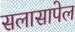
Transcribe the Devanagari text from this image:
सलासापेल